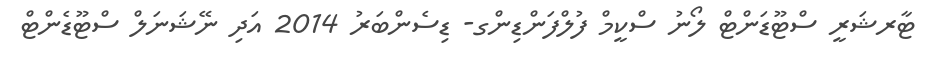
ޓާރޝަރީ ސްޓޫޑަންޓް ލޯނު ސްކީމް ފުލްފަންޑިންގ- ޑިސެންބަރު 2014 އަދި ނޭޝަނަލް ސްޓޫޑެންޓް